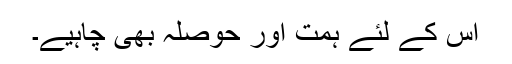
اس کے لئے ہمت اور حوصلہ بھی چاہیے۔